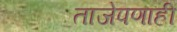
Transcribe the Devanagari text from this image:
ताजेपणाही